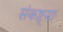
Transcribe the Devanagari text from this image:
संकष्ट्या